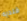
فلديه